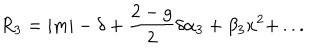
R _ { 3 } = | m | - \delta + { \frac { 2 - g } { 2 } } \delta \alpha _ { 3 } + \beta _ { 3 } x ^ { 2 } + \, . . .